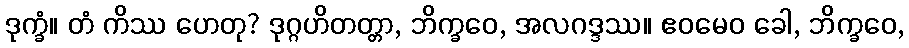
ဒုက္ခံ။ တံ ကိဿ ဟေတု? ဒုဂ္ဂဟိတတ္တာ, ဘိက္ခဝေ, အလဂဒ္ဒဿ။ ဧဝမေဝ ခေါ, ဘိက္ခဝေ,